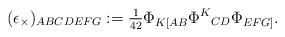
LaTeX: \begin{gather*}(\epsilon_{\times})_{ABCDEFG} := \tfrac{1}{42} {\Phi}_{K[AB} {\Phi}^K{}_{CD} {\Phi}_{EFG]} .\end{gather*}